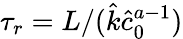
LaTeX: \tau_{r}=L/(\hat{k}\hat{c}_{0}^{a-1})